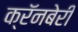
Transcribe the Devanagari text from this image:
क्रॅनबेरी